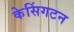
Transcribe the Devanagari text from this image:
केसिंगटन